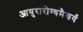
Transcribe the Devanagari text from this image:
आयुरारोग्यमैश्वर्यं